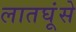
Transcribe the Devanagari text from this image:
लातघूंसे